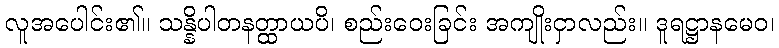
လူအပေါင်း၏။ သန္နိပါတနတ္ထာယပိ၊ စည်းဝေးခြင်း အကျိုးငှာလည်း။ ဒူရဋ္ဌာနမေဝ၊